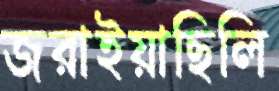
জরাইয়াছিলি